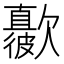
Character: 𣤳